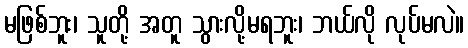
မဖြစ်ဘူး၊ သူတို့ အတူ သွားလို့မရဘူး၊ ဘယ်လို လုပ်မလဲ။